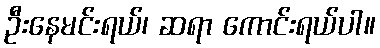
ဦးနေမင်းရယ်၊ ဆရာ ကောင်းရယ်ပါ။